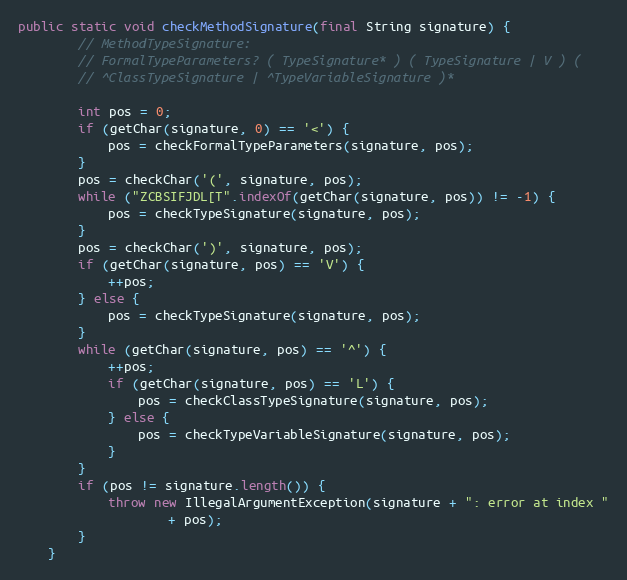
Language: Java
public static void checkMethodSignature(final String signature) {
        // MethodTypeSignature:
        // FormalTypeParameters? ( TypeSignature* ) ( TypeSignature | V ) (
        // ^ClassTypeSignature | ^TypeVariableSignature )*

        int pos = 0;
        if (getChar(signature, 0) == '<') {
            pos = checkFormalTypeParameters(signature, pos);
        }
        pos = checkChar('(', signature, pos);
        while ("ZCBSIFJDL[T".indexOf(getChar(signature, pos)) != -1) {
            pos = checkTypeSignature(signature, pos);
        }
        pos = checkChar(')', signature, pos);
        if (getChar(signature, pos) == 'V') {
            ++pos;
        } else {
            pos = checkTypeSignature(signature, pos);
        }
        while (getChar(signature, pos) == '^') {
            ++pos;
            if (getChar(signature, pos) == 'L') {
                pos = checkClassTypeSignature(signature, pos);
            } else {
                pos = checkTypeVariableSignature(signature, pos);
            }
        }
        if (pos != signature.length()) {
            throw new IllegalArgumentException(signature + ": error at index "
                    + pos);
        }
    }